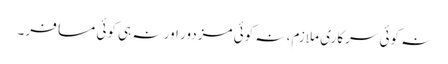
نہ کوئی سرکاری ملازم، نہ کوئی مزدور اور نہ ہی کوئی مسافر۔